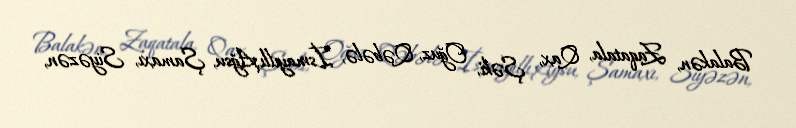
Balakən, Zaqatala, Qax, Şəki, Oğuz, Qəbələ, İsmayıllı,Ağsu, Şamaxı, Siyəzən,